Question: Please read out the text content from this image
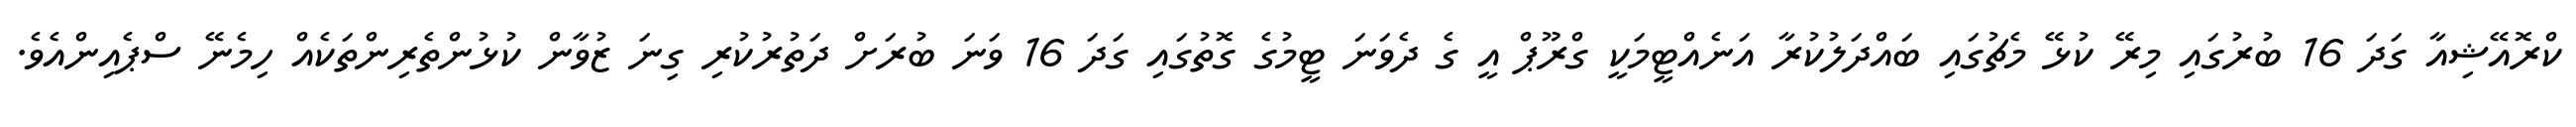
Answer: ކްރޮއޭޝިއާ ގަދަ 16 ބުރުގައި މިރޭ ކުޅޭ މެޗުގައި ބައްދަލުކުރާ އަނެއްޓީމަކީ ގްރޫޕް އީ ގެ ދެވަނަ ޓީމުގެ ގޮތުގައި ގަދަ 16 ވަނަ ބުރަށް ދަތުރުކުރި ގިނަ ޒުވާން ކުޅުންތެރިންތަކެއް ހިމެނޭ ސްޕެއިންއެވެ.